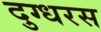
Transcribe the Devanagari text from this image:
दुग्धरस